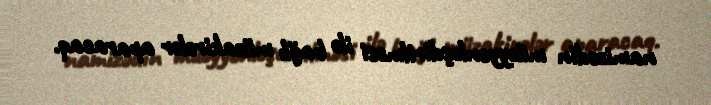
namizədin müəyyənləşdirilməsi ilə bağlı müzakirələr aparacaq.